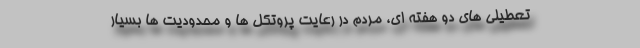
تعطیلی های دو هفته ای، مردم در رعایت پروتکل ها و محدودیت ها بسیار